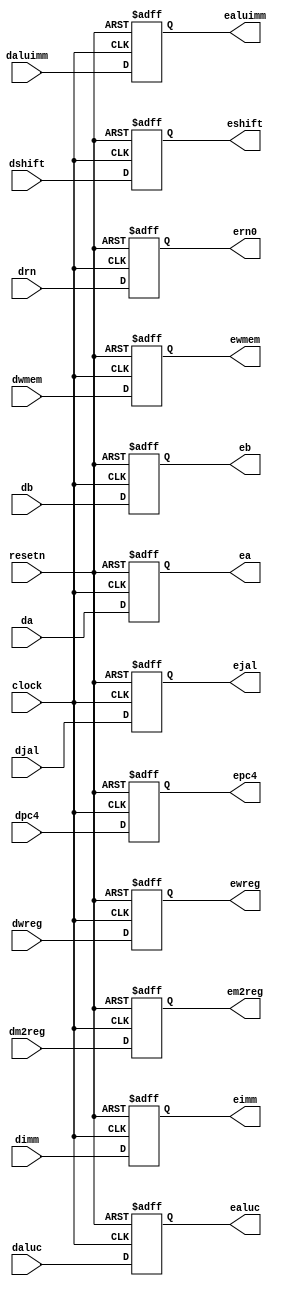
module pipedereg ( dwreg, dm2reg, dwmem, daluc, daluimm, da, db, dimm, drn, dshift,
	djal, dpc4, clock, resetn, ewreg, em2reg, ewmem, ealuc, ealuimm,
	ea, eb, eimm, ern0, eshift, ejal, epc4 ); 
	input         dwreg, dm2reg, dwmem, daluimm, dshift, djal, clock, resetn;
	input  [3:0]  daluc;
	input  [31:0] dimm, da, db, dpc4;
	input  [4:0]  drn;
	output 		     ewreg, em2reg, ewmem, ealuimm, eshift, ejal; 
	output [3:0]  ealuc;
	output [31:0] eimm, ea, eb, epc4;
	output [4:0]  ern0;
	reg       		  ewreg, em2reg, ewmem, ealuimm, eshift, ejal; 
	reg    [3:0]  ealuc;
	reg    [31:0] eimm, ea, eb, epc4;
	reg    [4:0]  ern0;
	
	always @( posedge clock or negedge resetn)
	begin
		if (resetn == 0 )  //
		begin
			ewreg <= 0;
			em2reg <= 0;
			ewmem <= 0;
			ealuimm <= 0;
			eshift <= 0;
			ejal <= 0;
			ealuc <= 0;
			eimm <= 0;
			ea <= 0;
			eb <= 0;
			epc4 <= 0;
			ern0 <= 0;
		end
		else
		begin  
			ewreg <= dwreg;
			em2reg <= dm2reg;
			ewmem <= dwmem;
			ealuimm <= daluimm;
			eshift <= dshift;
			ejal <= djal;
			ealuc <= daluc;
			eimm <= dimm;
			ea <= da;
			eb <= db;
			epc4 <= dpc4;
			ern0 <= drn;
		end
	end
endmodule